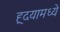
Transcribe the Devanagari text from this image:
ह्र्दयामध्ये